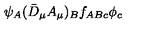
\psi _ { A } ( \bar { D } _ { \mu } A _ { \mu } ) _ { B } f _ { A B c } \phi _ { c }